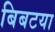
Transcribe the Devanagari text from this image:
बिबटया